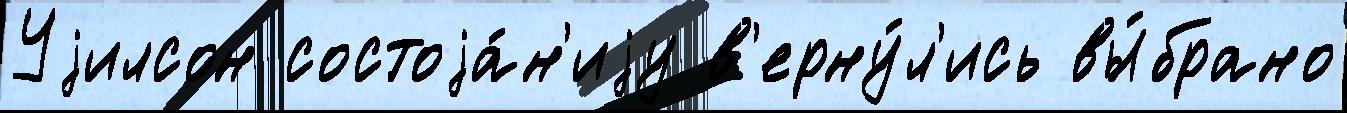
Уjилсон состоjа́н'иjу в'ерну́л'ись вы́брано